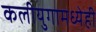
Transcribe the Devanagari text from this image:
कलीयुगामध्येही